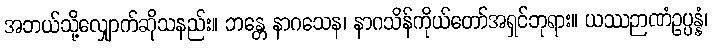
အဘယ်သို့လျှောက်ဆိုသနည်း။ ဘန္တေ နာဂသေန၊ နာဂသိန်ကိုယ်တော်အရှင်ဘုရား။ ယဿဉာဏံဥပ္ပန္နံ၊